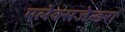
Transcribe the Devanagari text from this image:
एलेक्सजेन्डरा